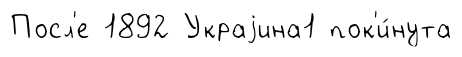
Посл'е 1892 Украjина1 пок'и́нута